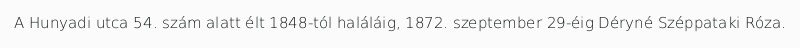
A Hunyadi utca 54. szám alatt élt 1848-tól haláláig, 1872. szeptember 29-éig Déryné Széppataki Róza.